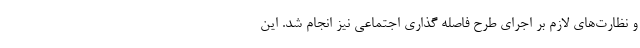
و نظارت‌های لازم بر اجرای طرح فاصله گذاری اجتماعی نیز انجام شد. این